Document type: Sale
Year: 1439
Scribe: Arnau d'Illes
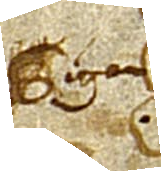
Sig